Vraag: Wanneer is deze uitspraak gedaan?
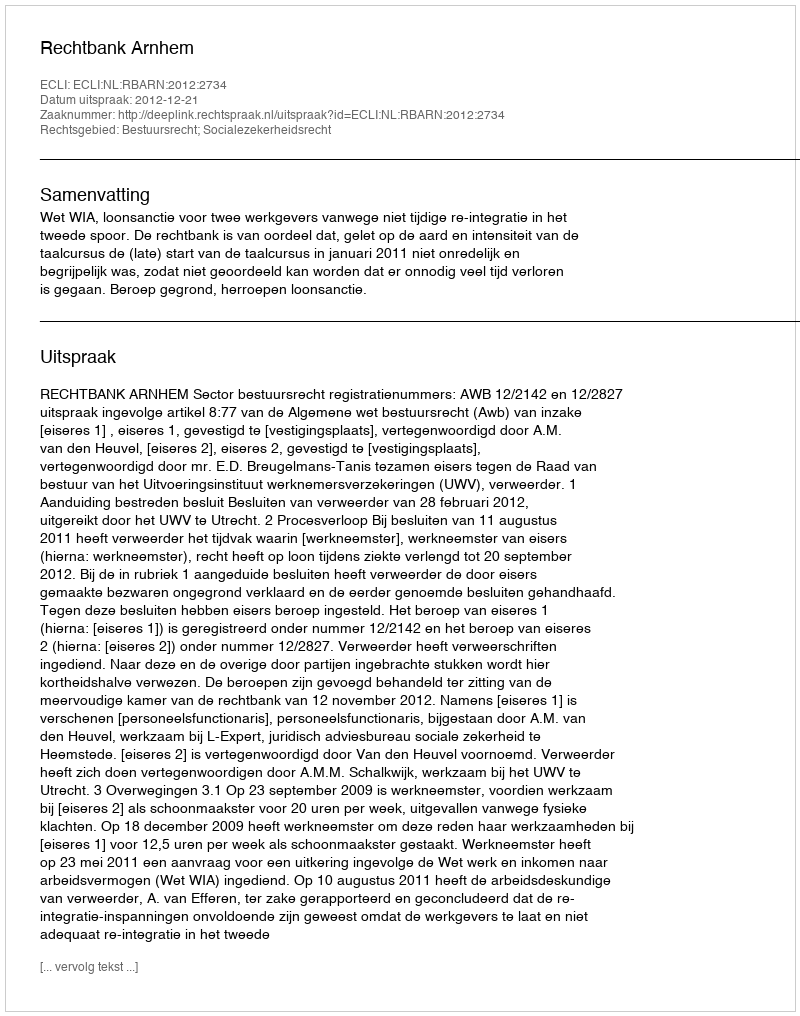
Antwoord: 2012-12-21